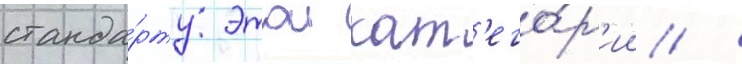
станда́рту этои кат'его́р'ии /